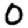
Digit: 0